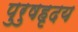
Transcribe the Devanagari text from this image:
पुरुषहृदय